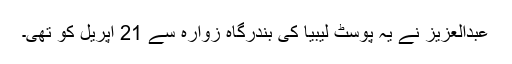
عبدالعزیز نے یہ پوسٹ لیبیا کی بندرگاہ زوارہ سے 21 اپریل کو تھی۔